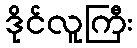
ဒိုင်လူကြီး